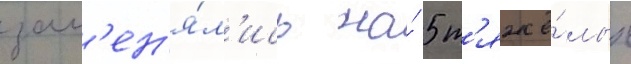
зам'ен'я́л'ись на́ 5 т'яжё́лых